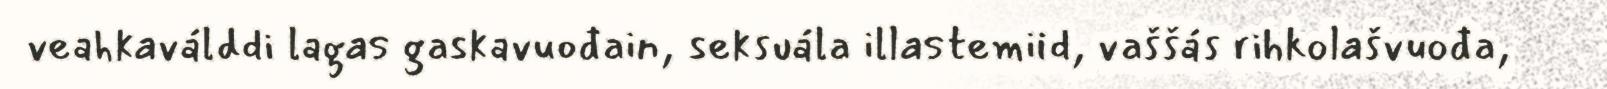
veahkaválddi lagas gaskavuođain, seksuála illastemiid, vaššás rihkolašvuođa,